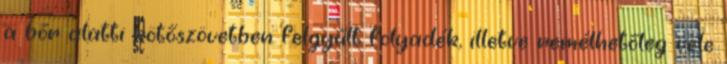
a bőr alatti kötőszövetben felgyűlt folyadék, illetve remélhetőleg vele